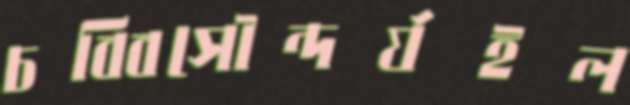
চব্বিসৌন্দর্যইল